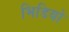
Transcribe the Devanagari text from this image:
भिडियो